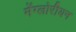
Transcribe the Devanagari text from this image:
मेंग्लोरीयन